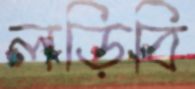
লড়িবি